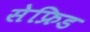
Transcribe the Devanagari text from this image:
सेफ्रिड